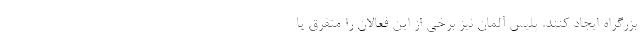
بزرگراه ایجاد کنند. پلیس آلمان نیز برخی از این فعالان را متفرق یا